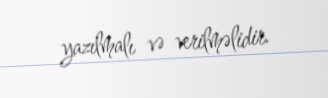
yazılmalı və verilməlidir.